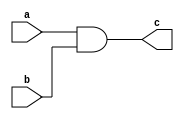
module anddelay(input a,b, output c);
and #(4) and_gate_2(c,a,b);
endmodule